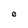
Character: O